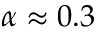
\alpha \approx 0 . 3